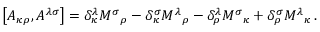
\left[ A _ { \kappa \rho } , A ^ { \lambda \sigma } \right] = \delta _ { \kappa } ^ { \lambda } { M ^ { \sigma } } _ { \rho } - \delta _ { \kappa } ^ { \sigma } { M ^ { \lambda } } _ { \rho } - \delta _ { \rho } ^ { \lambda } { M ^ { \sigma } } _ { \kappa } + \delta _ { \rho } ^ { \sigma } { M ^ { \lambda } } _ { \kappa } \, .